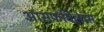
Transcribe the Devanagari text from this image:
आसफविलास